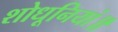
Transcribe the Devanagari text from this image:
शोधूनियां॥